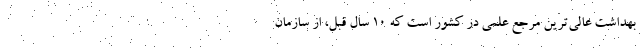
بهداشت عالی‌‌ترین مرجع علمی در کشور است که 10 سال قبل، از سازمان